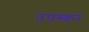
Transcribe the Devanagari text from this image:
उपस्‍कर